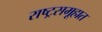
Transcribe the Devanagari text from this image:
राष्ट्रसमूहात